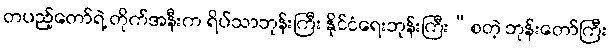
တပည့်တော်ရဲ့ တိုက်အနီးက ရိပ်သာဘုန်းကြီး နိုင်ငံရေးဘုန်းကြီး”စတဲ့ ဘုန်းတော်ကြီး